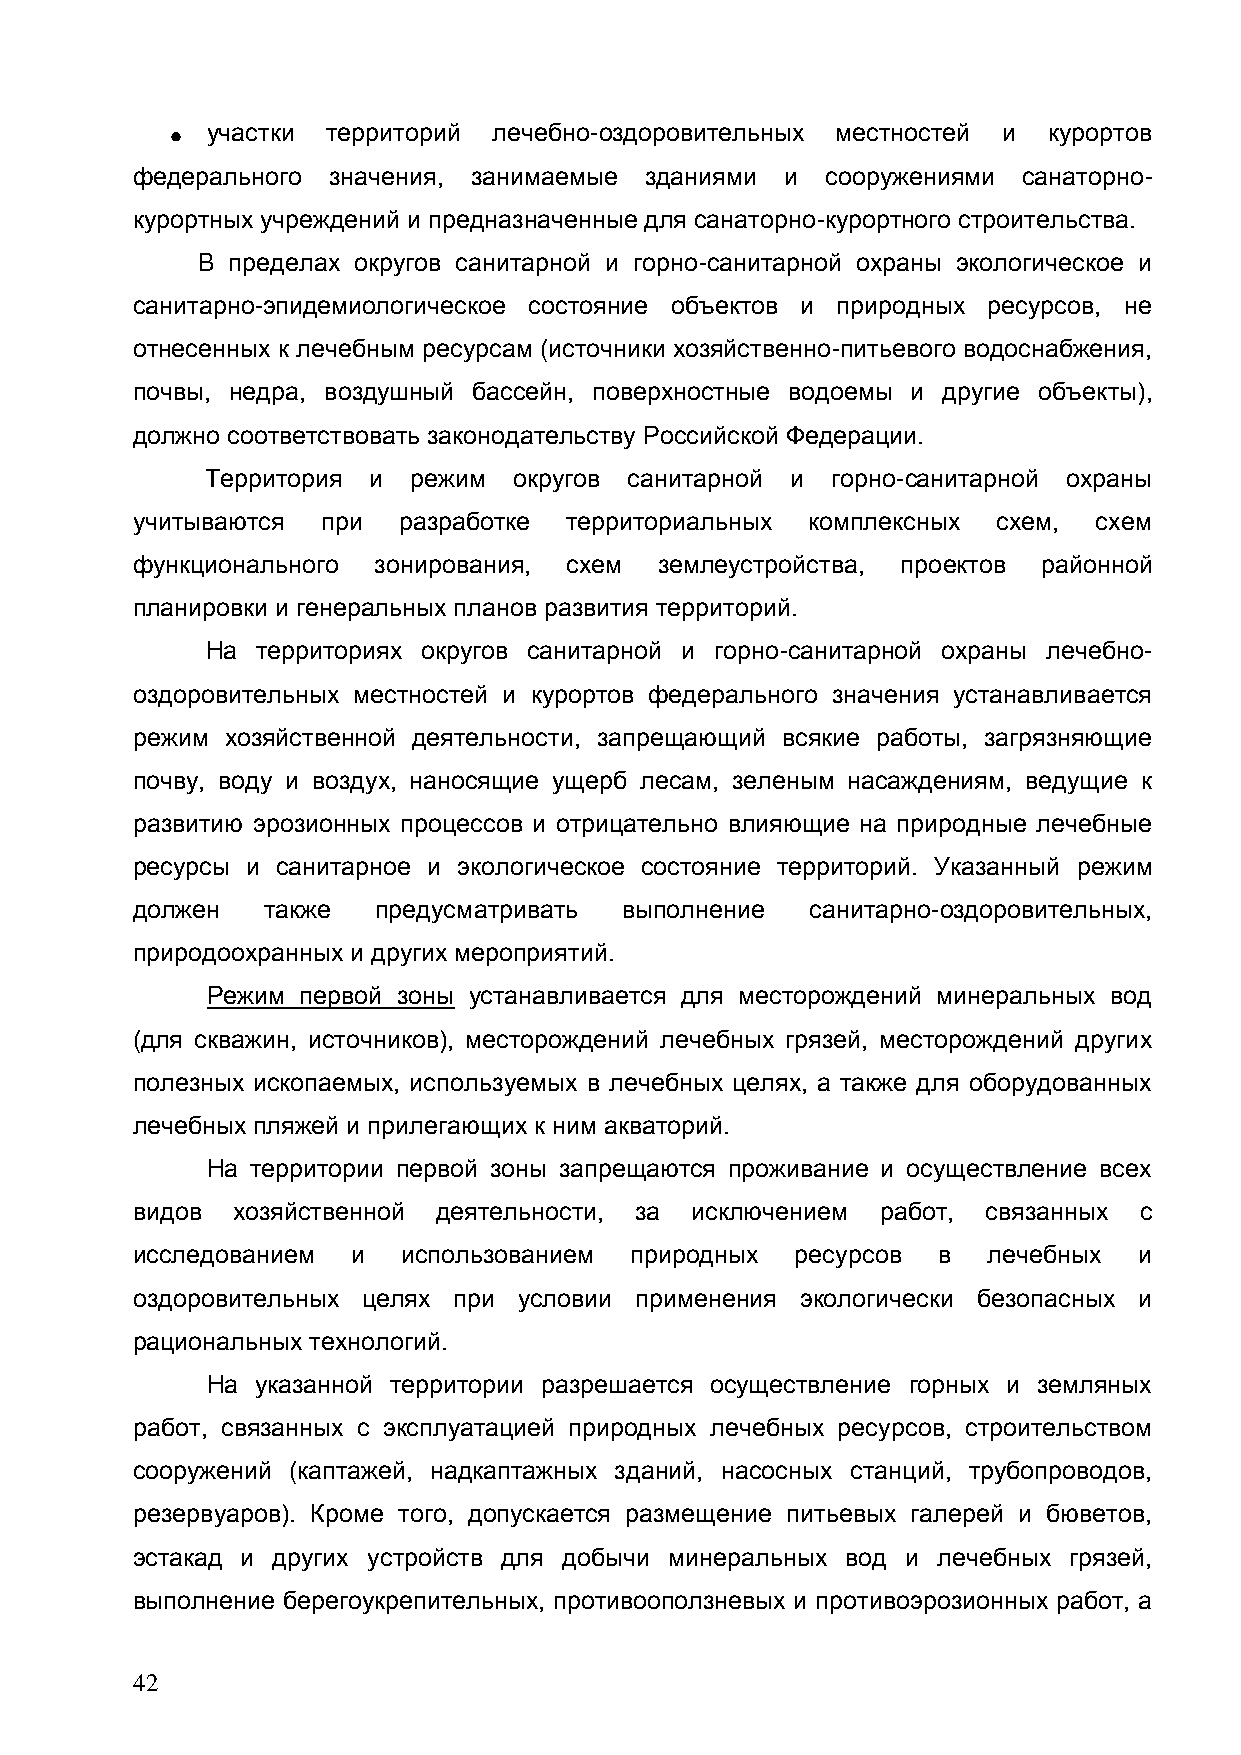
участки территорий лечебно-оздоровительных местностей и курортов
 федерального значения, занимаемые зданиями и  сооружениями санаторно-
 курортных учреждений и предназначенные для санаторно-курортного строительства.
 В пределах округов санитарной и горно-санитарной охраны экологическое и
 санитарно-эпидемиологическое состояние объектов и природных ресурсов, не
 отнесенных к лечебным ресурсам (источники хозяйственно-питьевого водоснабжения,
 почвы, недра, воздушный бассейн, поверхностные водоемы и другие объекты),
 должно соответствовать законодательству Российской Федерации.
 Территория и режим  округов санитарной и горно-санитарной охраны
 учитываются при  разработке  территориальных комплексных схем,  схем
 функционального зонирования, схем  землеустройства, проектов районной
 планировки и генеральных планов развития территорий.
 На территориях округов санитарной и горно-санитарной охраны лечебно-
 оздоровительных местностей и курортов федерального значения устанавливается
 режим хозяйственной деятельности, запрещающий всякие работы, загрязняющие
 почву, воду и воздух, наносящие ущерб лесам, зеленым насаждениям, ведущие к
 развитию эрозионных процессов и отрицательно влияющие на природные лечебные
 ресурсы и санитарное и экологическое состояние территорий. Указанный режим
 должен   также  предусматривать выполнение   санитарно-оздоровительных,
 природоохранных и других мероприятий.
 Режим первой зоны устанавливается для месторождений минеральных вод
 (для скважин, источников), месторождений лечебных грязей, месторождений других
 полезных ископаемых, используемых в лечебных целях, а также для оборудованных
 лечебных пляжей и прилегающих к ним акваторий.
 На территории первой зоны запрещаются проживание и осуществление всех
 видов хозяйственной деятельности, за исключением работ, связанных с
 исследованием и   использованием природных  ресурсов в  лечебных  и
 оздоровительных целях при условии применения экологически безопасных и
 рациональных технологий.
 На указанной территории разрешается осуществление горных и земляных
 работ, связанных с эксплуатацией природных лечебных ресурсов, строительством
 сооружений (каптажей, надкаптажных зданий, насосных станций, трубопроводов,
 резервуаров). Кроме того, допускается размещение питьевых галерей и бюветов,
 эстакад и других устройств для добычи минеральных вод и лечебных грязей,
 выполнение берегоукрепительных, противооползневых и противоэрозионных работ, а
 42